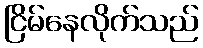
ငြိမ်နေလိုက်သည်